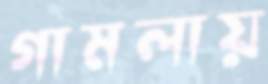
গামলায়